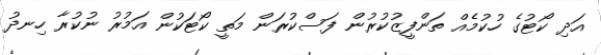
އަދި ކޯޓުގެ ހުކުމެއް ތަންފީޒުކުރުން ފަސްކުރަން މަތީ ކޯޓަކުން އަމުރު ނުކުރާ ހިނދު